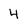
Character: 4